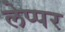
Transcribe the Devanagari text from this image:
लेप्पर